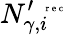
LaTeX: N_{\gamma,i}^{\prime\, \mathrm{~\tiny~r~e~c~}}